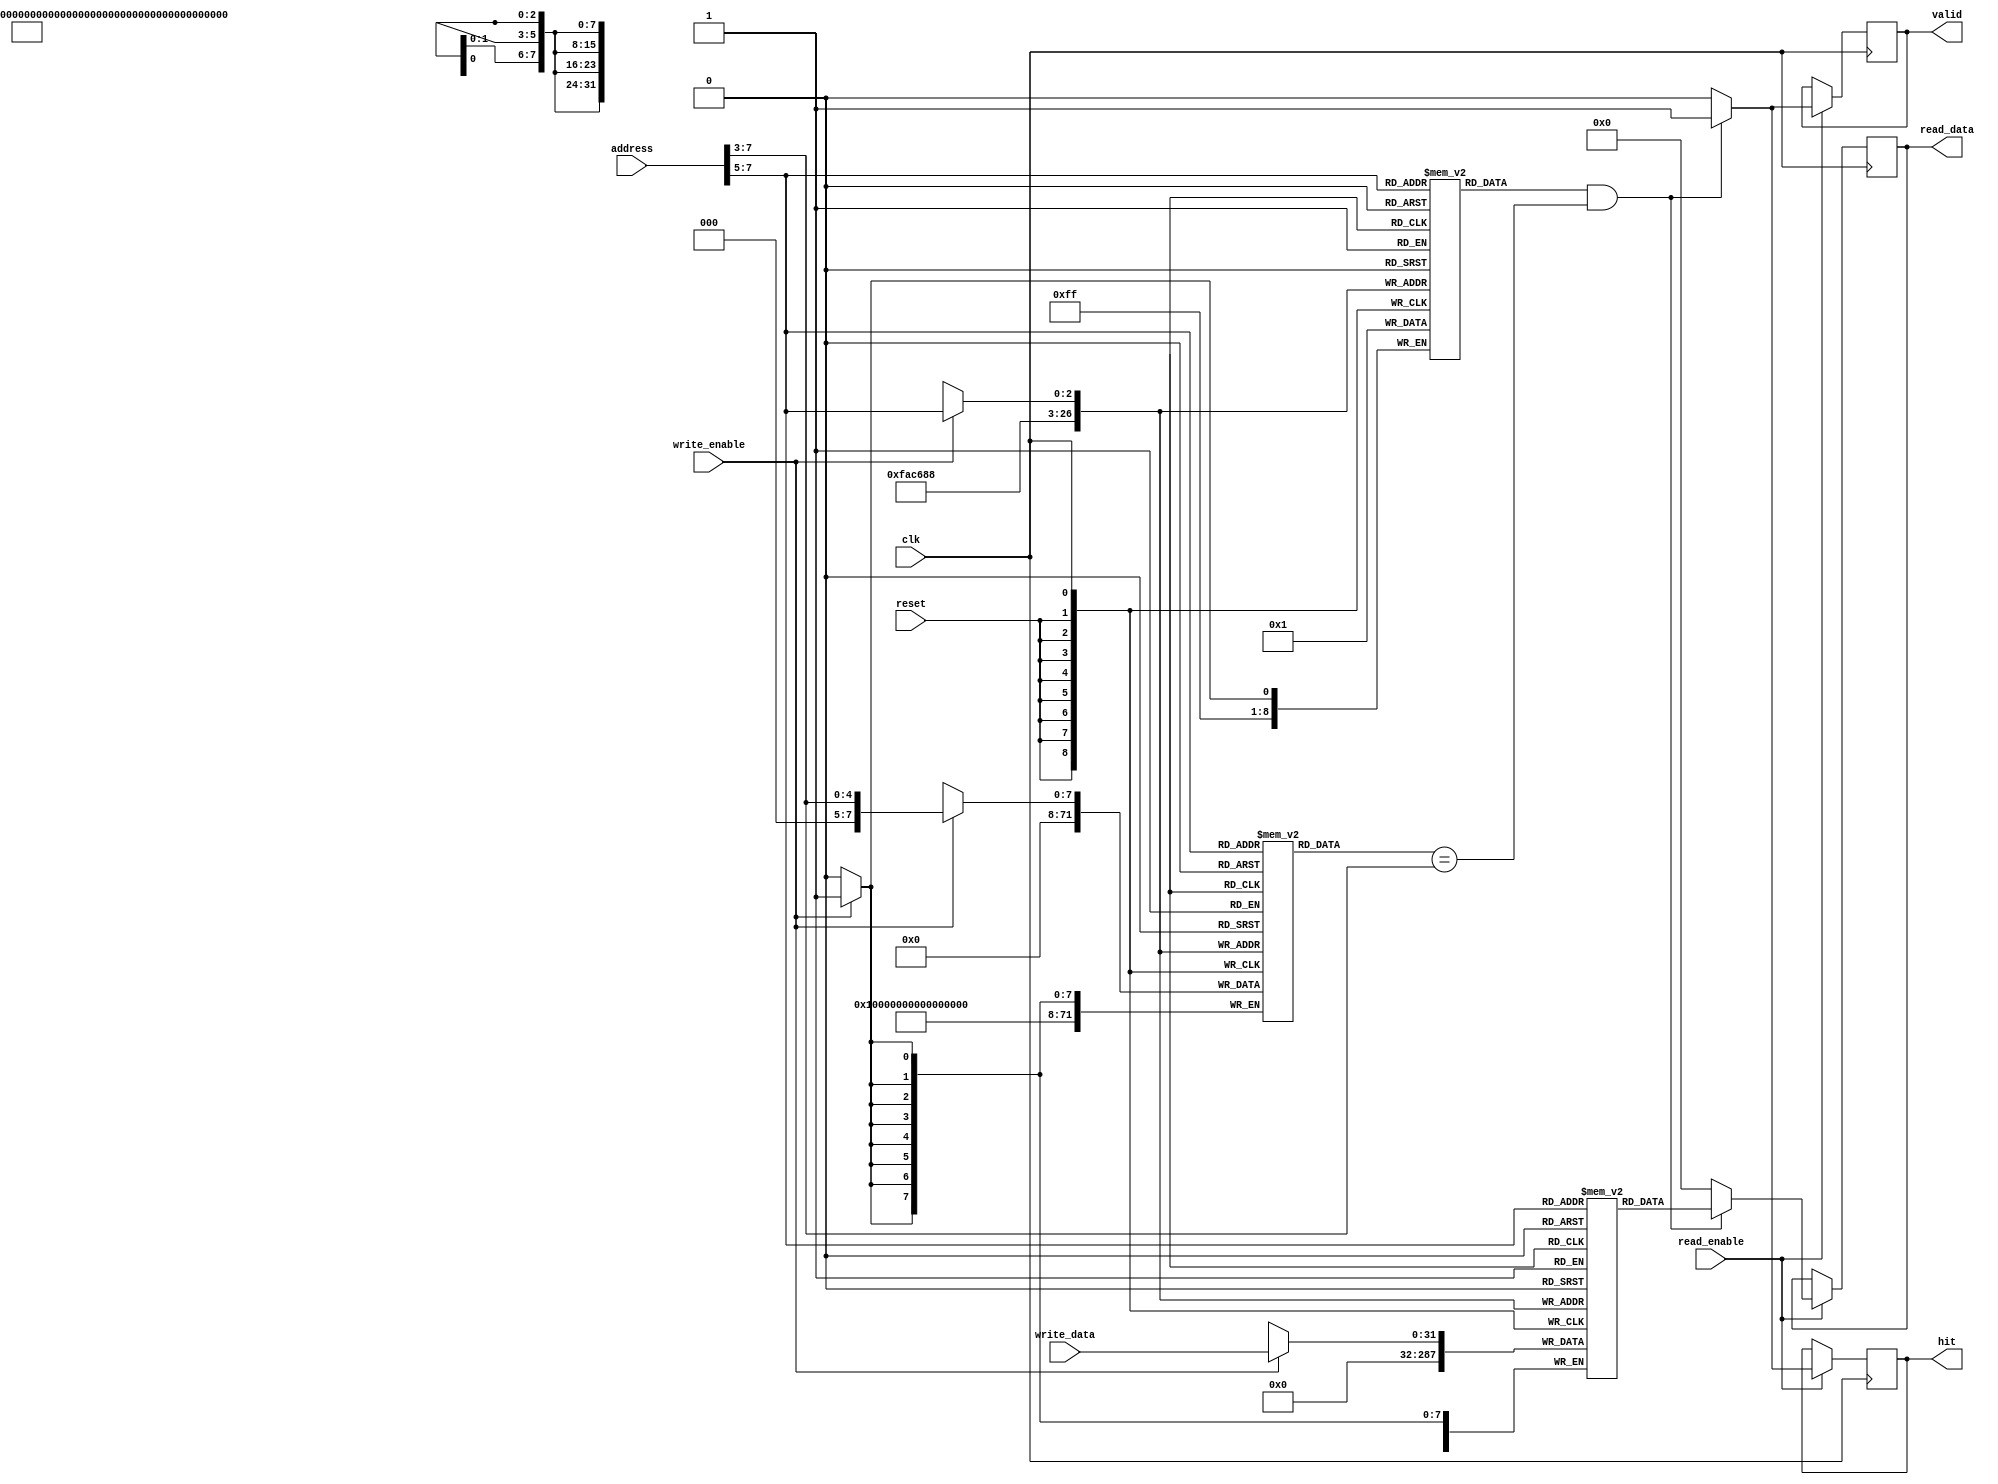
module PrivateCache #(
    parameter CACHE_SIZE = 256, // Total cache size in bytes
    parameter LINE_SIZE = 32,    // Line size in bytes
    parameter NUM_LINES = CACHE_SIZE / LINE_SIZE,
    parameter ADDR_WIDTH = 8     // Address width (depends on total memory size)
)(
    input wire clk,
    input wire reset,
    input wire [ADDR_WIDTH-1:0] address, // Address for read/write
    input wire [LINE_SIZE-1:0] write_data, // Data to write
    input wire read_enable,
    input wire write_enable,
    output reg [LINE_SIZE-1:0] read_data, // Data to read
    output reg hit, // Hit signal
    output reg valid // Valid signal for the output data
);

    // Cache line structure
    reg [LINE_SIZE-1:0] cache_data [0:NUM_LINES-1];
    reg [ADDR_WIDTH-1:0] cache_tag [0:NUM_LINES-1];
    reg cache_valid [0:NUM_LINES-1];

    // Cache control signals
    wire [ADDR_WIDTH-1:0] tag;
    wire [NUM_LINES-1:0] index;
    wire [LINE_SIZE-1:0] offset;

    assign index = address[ADDR_WIDTH-1:ADDR_WIDTH-$clog2(NUM_LINES)];
    assign tag = address[ADDR_WIDTH-1:$clog2(NUM_LINES)];
    assign offset = address[$clog2(NUM_LINES)-1:0];

    // Cache initialization
    integer i;
    always @(posedge reset) begin
        for (i = 0; i < NUM_LINES; i = i + 1) begin
            cache_valid[i] <= 1'b0;
            cache_tag[i] <= {ADDR_WIDTH{1'b0}};
            cache_data[i] <= {LINE_SIZE{1'b0}};
        end
    end

    // Read and Write operations
    always @(posedge clk) begin
        if (read_enable) begin
            if (cache_valid[index] && (cache_tag[index] == tag)) begin
                // Cache hit
                read_data <= cache_data[index];
                hit <= 1'b1;
                valid <= 1'b1;
            end else begin
                // Cache miss
                read_data <= {LINE_SIZE{1'b0}}; // Return zero or some error code
                hit <= 1'b0;
                valid <= 1'b0;
            end
        end

        if (write_enable) begin
            // Write data to cache
            cache_data[index] <= write_data;
            cache_tag[index] <= tag;
            cache_valid[index] <= 1'b1; // Mark as valid
        end
    end

endmodule